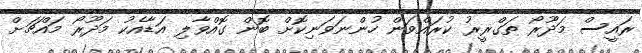
ރައީސް މަދޫރޯ ތަގްރީރު ކުރައްވަން ހުންނަވަނިކޮށް ބޮން ގޮއްވާލި އަޑާއެކު މަދޫރޯ މައްޗަށް